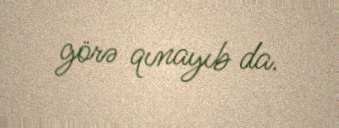
görə qınayıb da.